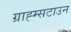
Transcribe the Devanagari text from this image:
ग्राह्म्सटाउन